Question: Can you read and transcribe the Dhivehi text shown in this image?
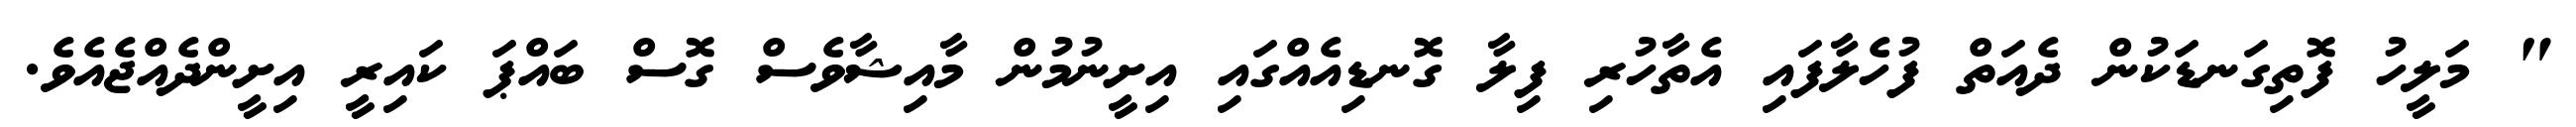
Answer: " މަލީހު ފޮތިގަނޑަކުން ދެއަތް ފުހެލާފައި އެތާހުރި ފިލާ ގޮނޑިއެއްގައި އިށީނުމުން މާއިޝާވެސް ގޮސް ބައްޕަ ކައިރީ އިށީންދެއްޖެއެވެ.